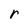
Character: r